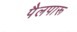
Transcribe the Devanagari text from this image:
पैलपारू